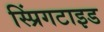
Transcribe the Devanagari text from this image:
स्प्रिंगटाइड